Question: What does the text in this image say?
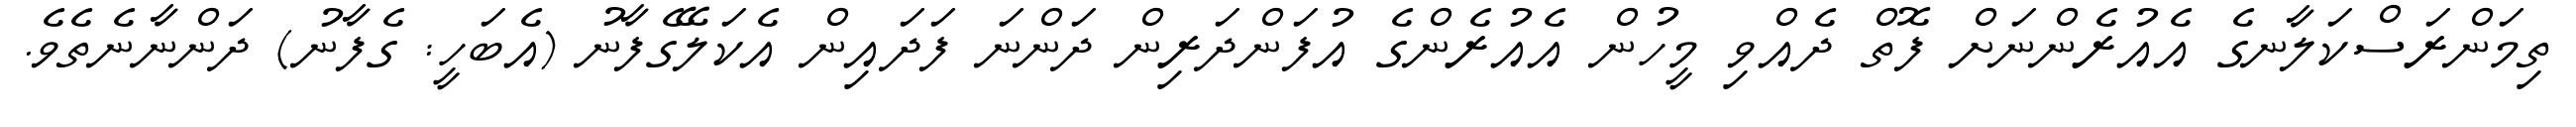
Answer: ތިމަންރަސްކަލާނގެ އެއުރެންނަށް ފޮތް ދެއްވި މީހުން އެއުރެންގެ އުފަންދަރިން ދަންނަ ފަދައިން އެކަލޭގެފާނު (އެބަހީ: ގެފާނު) ދަންނާނެތެވެ.